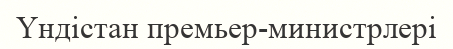
Үндістан премьер-министрлері